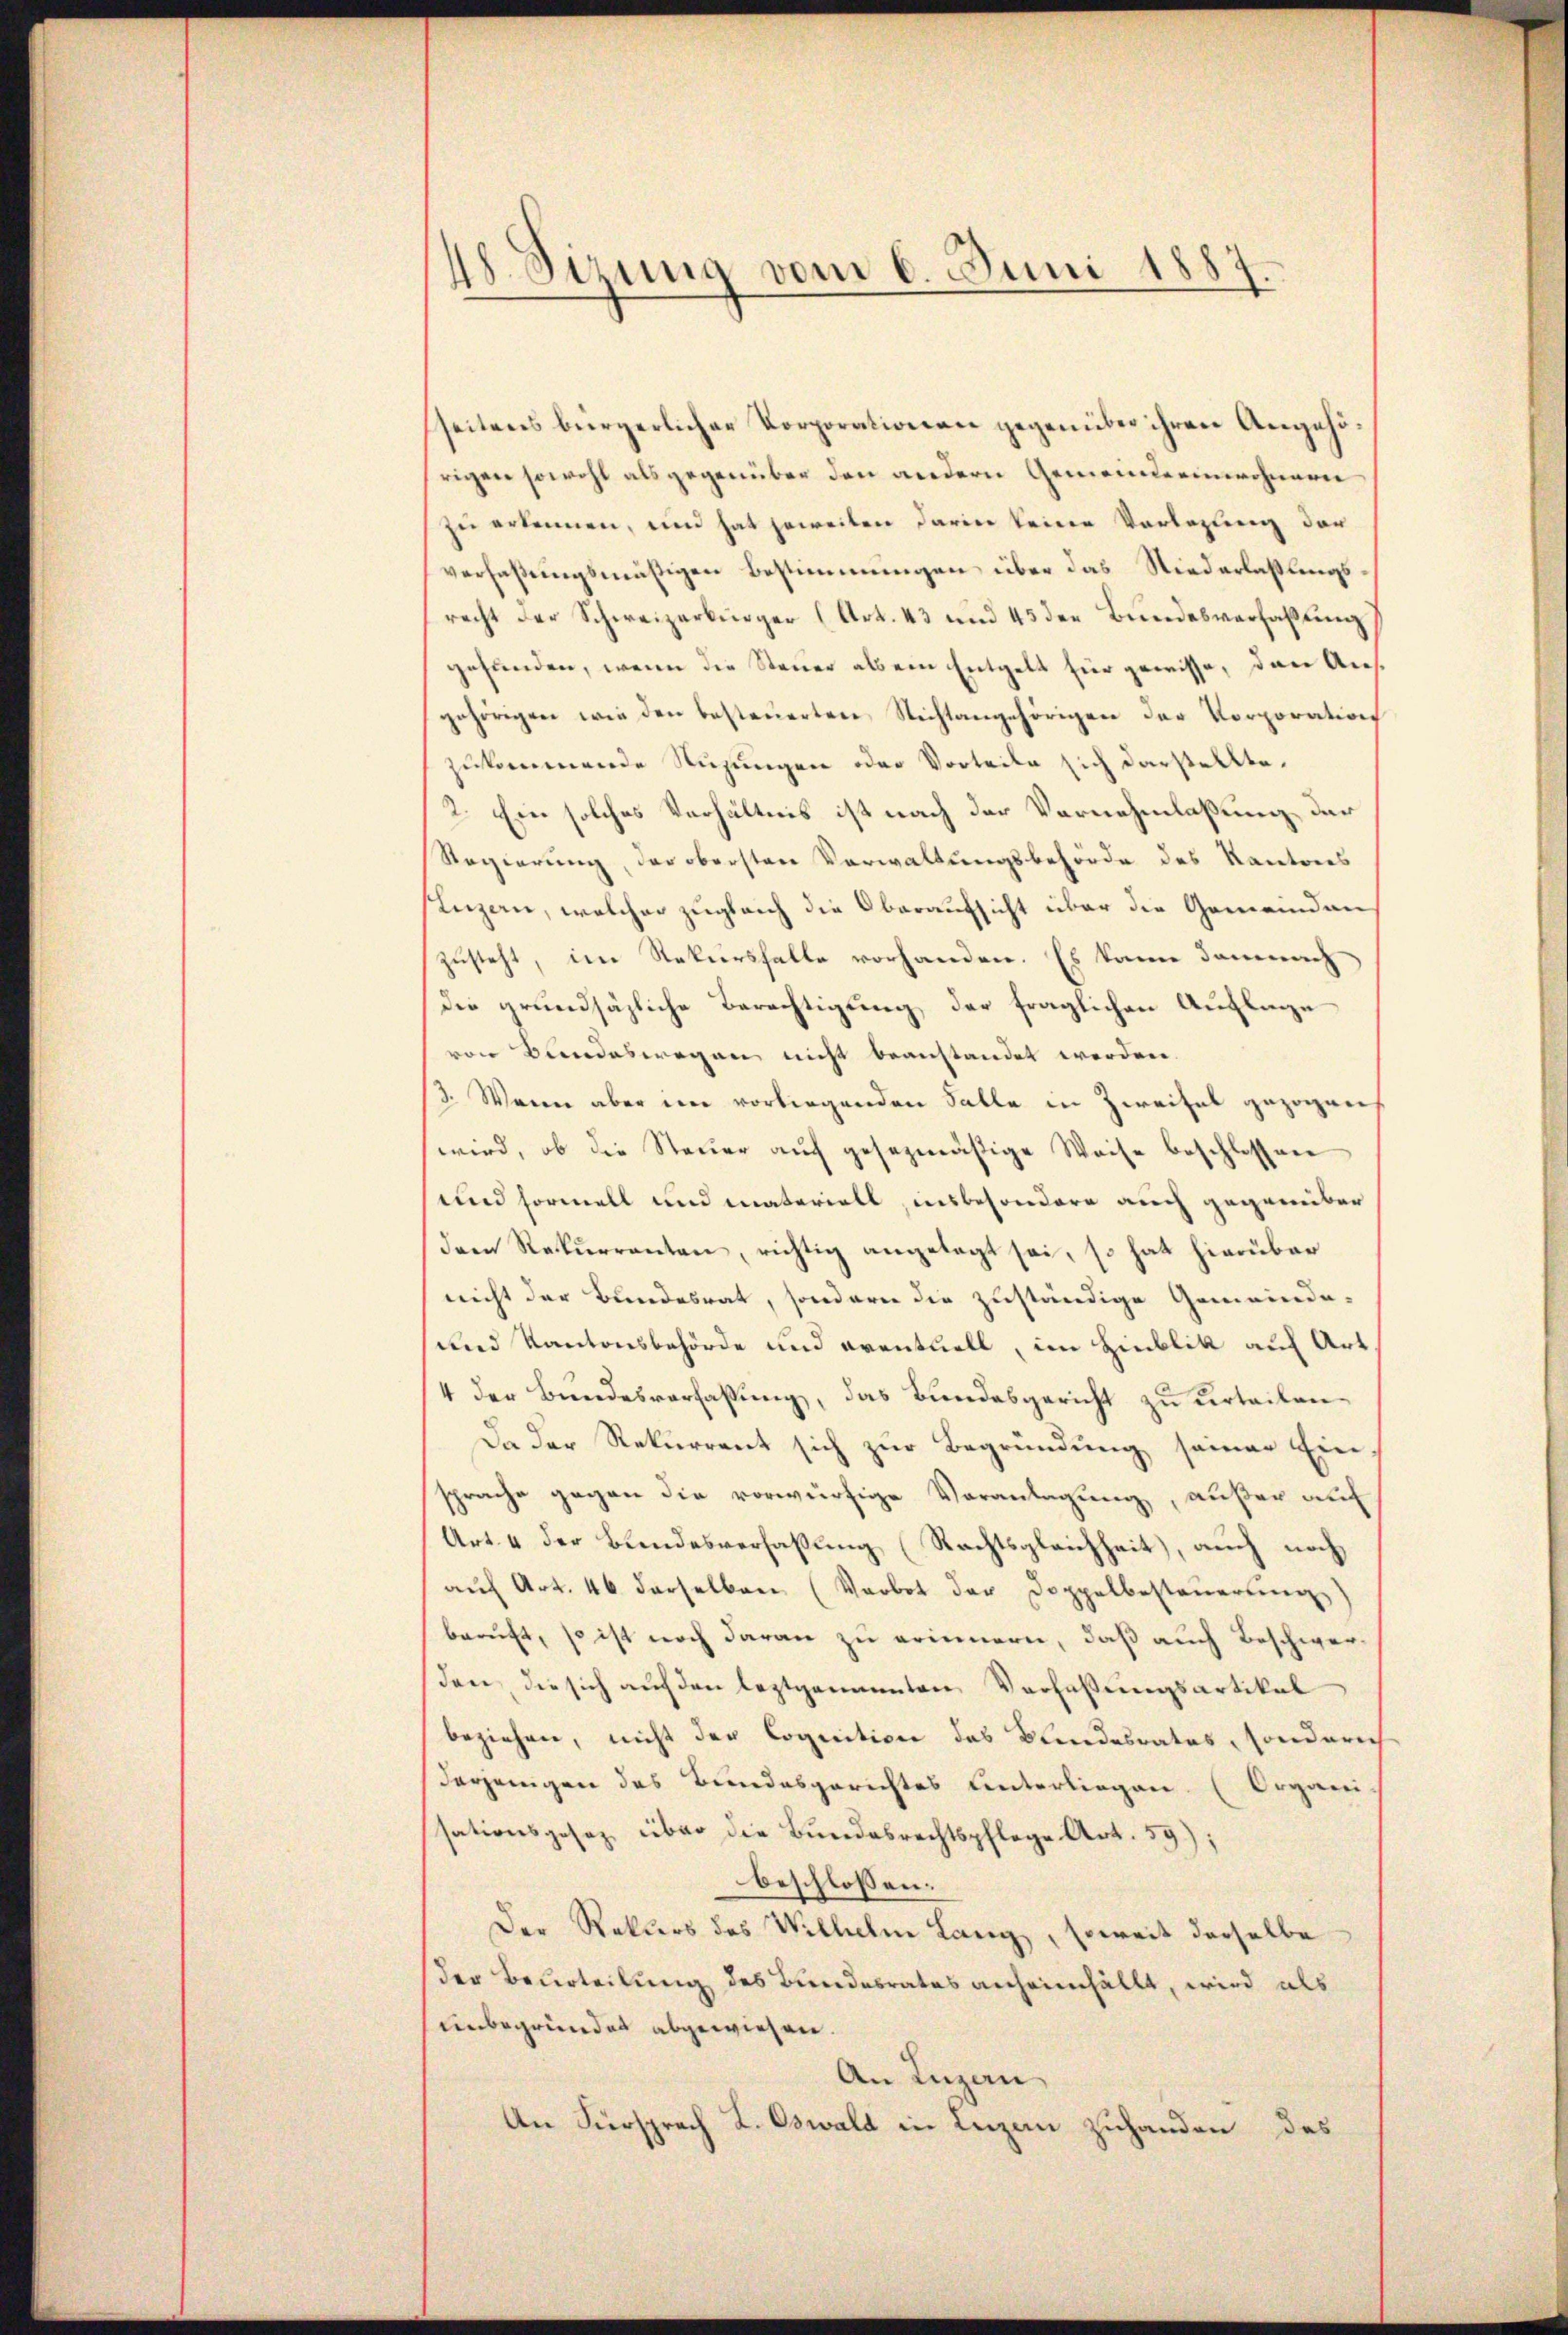
48. Sizung vom 6. Juni 1887.

seitens bürgerlicher Korporationen gegenüber ihren Angehörigen sowohl als gegenüber den andern Gemeinderinwohnern
zu erkennen, und hat jeweilen darin keine Vorlegung der
verfaßungsmäßigen Bestimmungen über das Niederlaßungsrecht der Schweizerbürger (Art. 43 und 43 der Bundesverfaßung
gefunden, wenn die Steuer als ein Entgelt für gewisse, dann Ausgehörigen wie den besteuerten Nichtangehörigen der Vorporation
zukommende Nuzungen oder Vorteile sich darstellte.
2. Ein solches Verhältnis ist nach der Vernehmlassung der
Regierung, der obersten Verwaltungsbehörde des Kantons
Penzan, welcher zugleich die Oberaufsicht über die Gemeindaus
zusteht, im Rekursfalle vorhanden. Es kann damnach
die grundsätzliche Berechtigung der fraglichen Auflage
von Bundeswegen nicht beanstandet werden.
3. Wenn aber in vorliegenden Falle in Zweifel gezogen
wird, ob die Steuer auf gesezmäßige Weise beschlossen
und Formell und materiell, insbesondere auch gegenüber
deen Rekurrenten, richtig angelegt sei, so hat hierüber
nicht der Bundesrat, sondern die zuständige Gemeinde¬
und Kantonsbehörde und eventuell, im Hinblik auf Art
4 der Bundesverfassung, das Bundesgericht zu urteilen¬
Da der Rekurrent sich zur Begründung seinen Einsprache gegen die vorwürfige Veranlagung, außer auf
Art. 4 der Bundesverfassung (Rechtsgleichheit, auch noch
aŭf Art. 46 derselben (Verbot der Doppelbesteŭerŭng
beruft, so ist noch daran zu erinnern, daß auch Beschwerden die sich auf den leztgenannten Verfaßungsartikal
beziehen, nicht der Cognition des Blindesrates, sonderich
Derjenigen des Bundesgerichtes Unterliegen. (Organi-
ssationsgesetz über die Bundesrechtspflege Art. 59);
beschlossen:
Der Rakters des Wilhelm Lang, soweit derselbe
der Beurteilung des Bundesrates anheimfällt, wird als
unbegründet abgewiesen.
An Luzern
An Fürsprach L. Oswald in Luzern zuhanden des